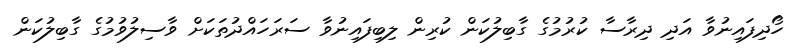
ހޯދިފައިނުވާ އަދި ދިރާސާ ކުރުމުގެ ގާބިލުކަން ކުރިން ލިބިފައިނުވާ ސަރަހައްދުތަކަށް ވާސިލުވުމުގެ ގާބިލުކަން